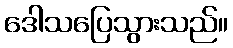
ဒေါသပြေသွားသည်။